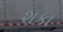
શકા